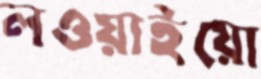
লওয়াইয়ো